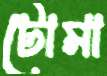
টোমা